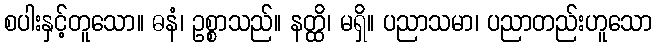
စပါးနှင့်တူသော။ ဓနံ၊ ဥစ္စာသည်။ နတ္ထိ၊ မရှိ။ ပညာသမာ၊ ပညာတည်းဟူသော